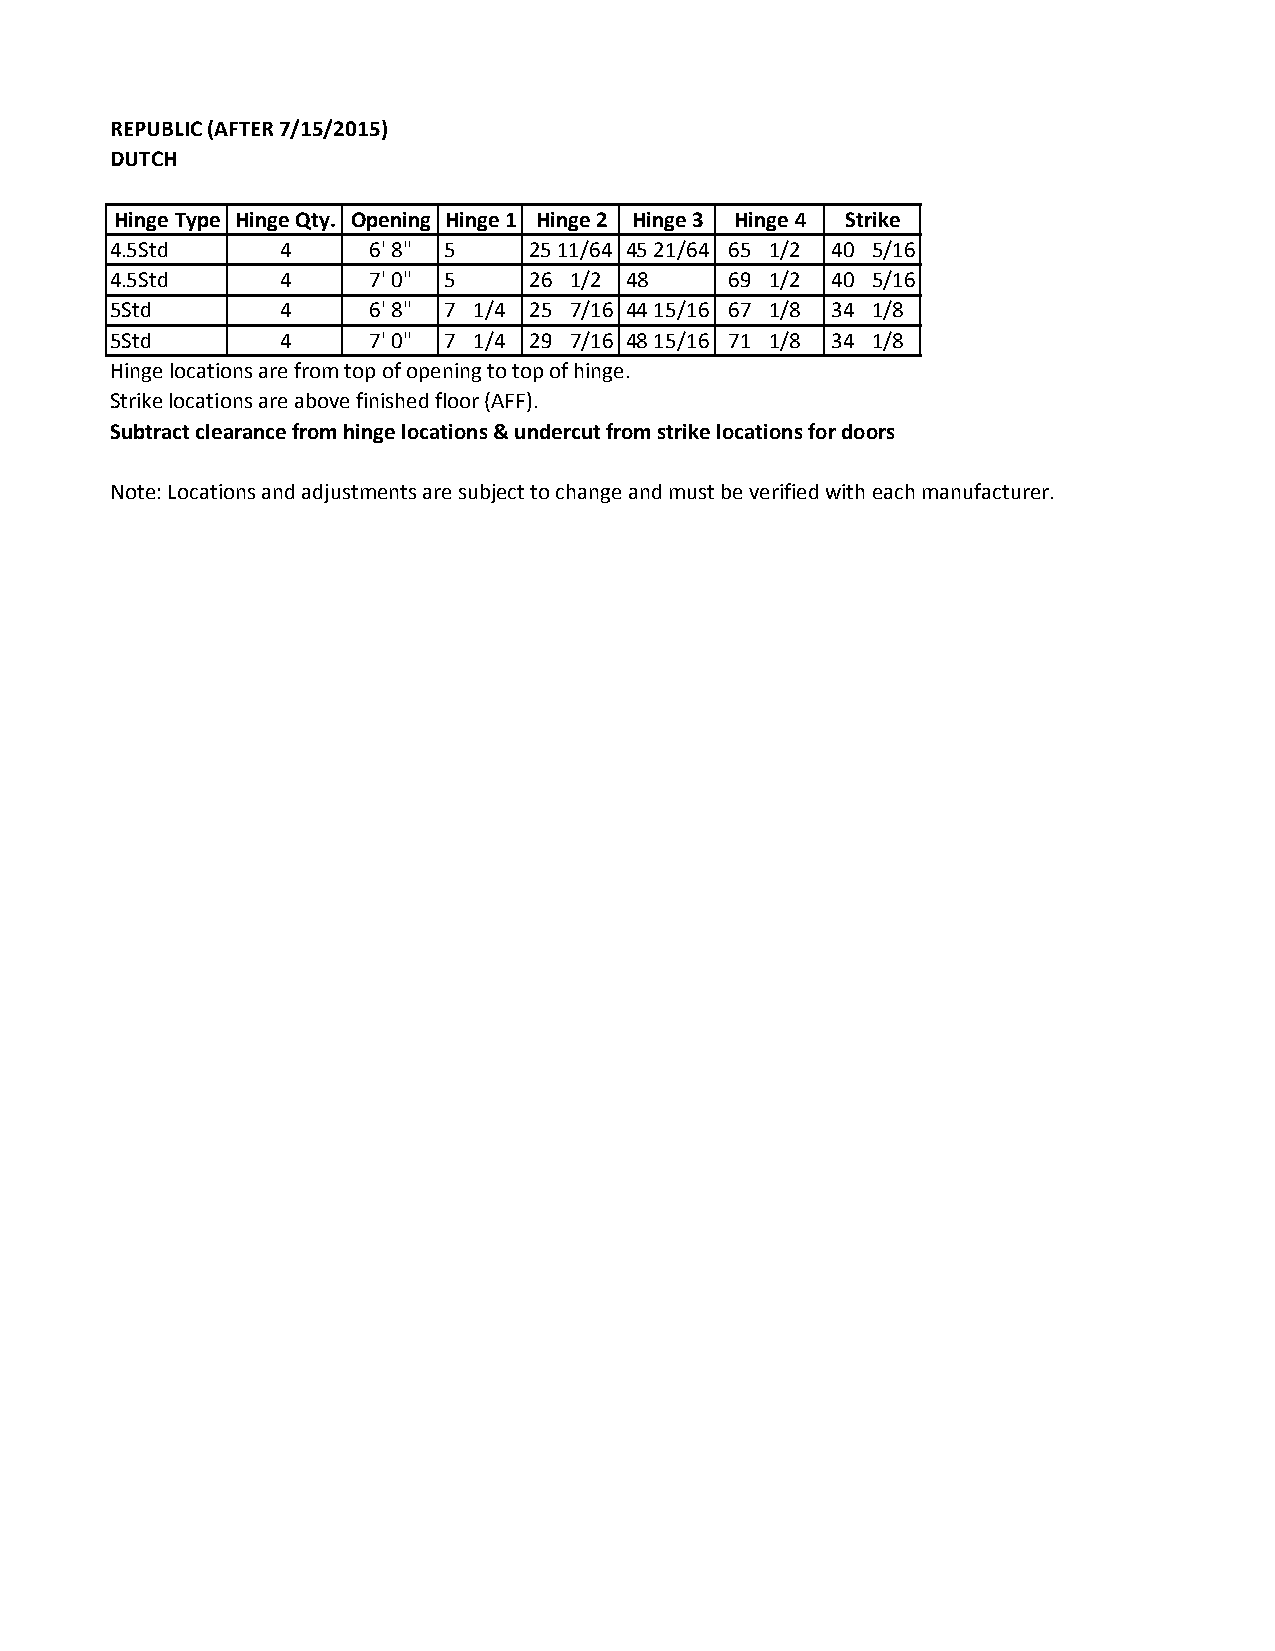
REPUBLIC (AFTER 7/15/2015)
 DUTCH
 Hinge Type Hinge Qty. Opening Hinge 1 Hinge 2 Hinge 3 Hinge 4 Strike
 4.5Std      4    6' 8" 5    25 11/64 45 21/64 65 1/2 40 5/16
 4.5Std      4    7' 0" 5    26 1/2 48    69 1/2 40 5/16
 5Std        4    6' 8" 7 1/4 25 7/16 44 15/16 67 1/8 34 1/8
 5Std        4    7' 0" 7 1/4 29 7/16 48 15/16 71 1/8 34 1/8
 Hinge locations are from top of opening to top of hinge.
 Strike locations are above finished floor (AFF).
 Subtract clearance from hinge locations & undercut from strike locations for doors
 Note: Locations and adjustments are subject to change and must be verified with each manufacturer.